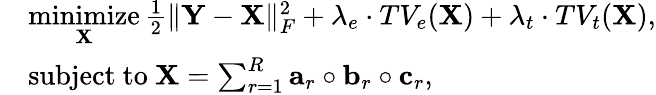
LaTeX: \begin{array}{rl}&{\underset{\mathbf X}{\mathrm{minimize}}\, \frac{1}{2}\| \mathbf{Y}-\mathbf{X}\| _{F}^{2}+\lambda_{e}\cdot TV_{e}({\mathbf X})+\lambda_{t}\cdot TV_{t}({\mathbf X}),}\\ &{\mathrm{subject~to~}\mathbf{X}=\sum_{r=1}^{R}\mathbf{a}_{r}\circ\mathbf{b}_{r}\circ\mathbf{c}_{r},}\end{array}